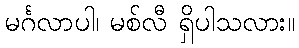
မင်္ဂလာပါ၊ မစ်လီ ရှိပါသလား။